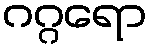
ဂဂ္ဂရော